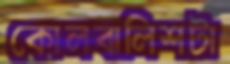
কোলবালিশটা